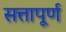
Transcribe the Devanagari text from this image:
सत्तापूर्ण